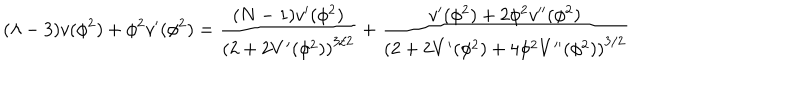
LaTeX: ( \lambda - 3 ) v ( \phi ^ { 2 } ) + \phi ^ { 2 } v ^ { \prime } ( \phi ^ { 2 } ) = \frac { ( N - 1 ) v ^ { \prime } ( \phi ^ { 2 } ) } { \left( 2 + 2 V ^ { \prime } ( \phi ^ { 2 } ) \right) ^ { 3 / 2 } } + \frac { v ^ { \prime } ( \phi ^ { 2 } ) + 2 \phi ^ { 2 } v ^ { \prime \prime } ( \phi ^ { 2 } ) } { \left( 2 + 2 V ^ { \prime } ( \phi ^ { 2 } ) + 4 \phi ^ { 2 } V ^ { \prime \prime } ( \phi ^ { 2 } ) \right) ^ { 3 / 2 } }